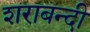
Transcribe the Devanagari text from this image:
शराबन्दी